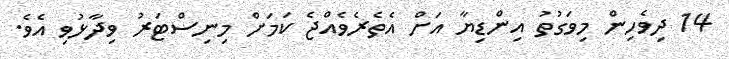
14 ދިވެހިން މިވަގުތު އިންޑިޔާ އަށް އެތެރެވެއްޖެ ކަމަށް މިނިސްޓަރު ވިދާޅުވި އެވެ.